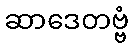
ဆာဒေတဗ္ဗံ